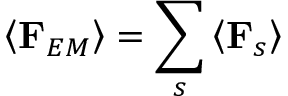
\left\langle \mathbf { F } _ { E M } \right\rangle = \sum _ { s } \left\langle \mathbf { F } _ { s } \right\rangle